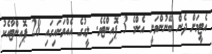
އެޓީމަށް ދެން ބޭނުންވަނީ އެންމެ 3 ޕޮއިންޓެވެ. ލީގުގެ އެއްވަނައިގައި 28 ޕޮއިންޓާއެކު